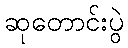
ဆုတောင်းပွဲ